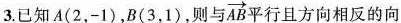
3.已知A(2，-1)，B(3，1)，则与 \overrightarrow{AB} 行且方向相反的向